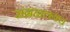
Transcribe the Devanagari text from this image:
संग्रहालयच